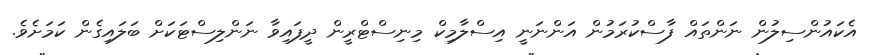
އެކައުންސިލުން ނަންތައް ފާސްކުރަމުން އަންނަނީ އިސްލާމިކް މިނިސްޓްރީން ދީފައިވާ ނަންލިސްޓަކަށް ބަލައިގެން ކަމަށެވެ.